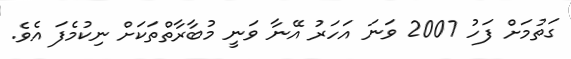
ގަތުމަށް ފަހު 2007 ވަނަ އަހަރު އޭނާ ވަނީ މުބާރާތްތަކަށް ނިކުމެފަ އެވެ.